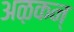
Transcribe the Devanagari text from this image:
अऴकन्